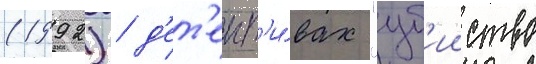
(1992) / д'ет'ект'и́вах "уб'ииство